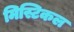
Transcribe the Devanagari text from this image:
मिस्टिकल